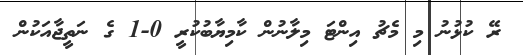
ރޭ ކުޅުނު މި މެޗު އިންޓަ މިލާނުން ކާމިޔާބުކުރީ 0-1 ގެ ނަތީޖާއަކުން